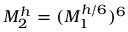
M _ { 2 } ^ { h } = ( M _ { 1 } ^ { h / 6 } ) ^ { 6 }